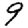
Digit: 9